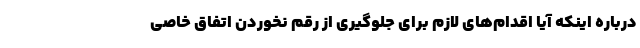
درباره اینکه آیا اقدام‌های لازم برای جلوگیری از رقم نخوردن اتفاق خاصی